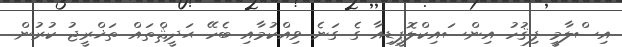
އިސްލާމީ ފިޤުހު އިންސައިކްލޮޕީޑިއާ ގެ ގަނެ ވިއްކުމާއި ބެހޭ ޙަދީޘްތައް ތަޚްރީޖު ކުރުން